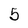
Character: 5